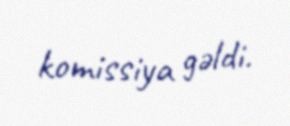
komissiya gəldi.